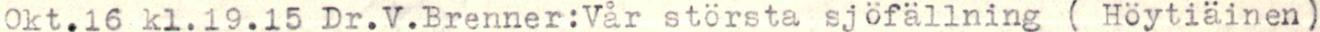
Okt.16 kl.19.15 Dr.V.Brenner:Vår största sjöfällning ( Höytiäinen)